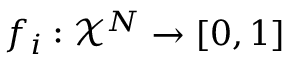
f _ { i } : \mathcal { X } ^ { N } \to [ 0 , 1 ]